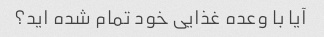
آیا با وعده غذایی خود تمام شده اید؟